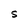
Character: S